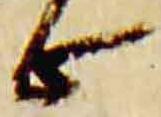
止